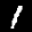
Label: 1